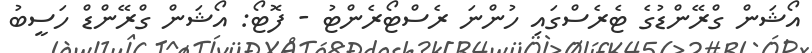
އޯޝަން ގްރޭންޑުގެ ޓެރެސްގައި ހުންނަ ރެސްޓޯރެންޓު - ފޮޓޯ: އޯޝަން ގްރޭންޑް ހަސީބު